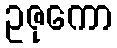
ဥဇုကော